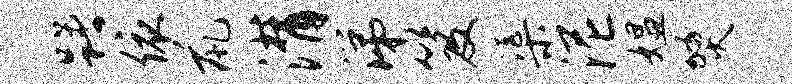
躇依鼠潸涕笈渠泥媪燹